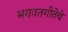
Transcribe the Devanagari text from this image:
भगवतगीतेचे